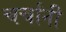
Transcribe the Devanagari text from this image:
चर्चांनी